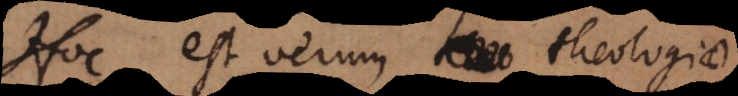
Hoc est verum theologiae